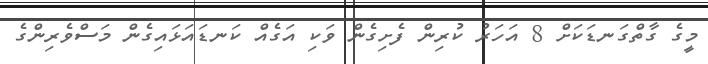
މީގެ ގާތްގަނޑަކަށް 8 އަހަރު ކުރިން ފެށިގެން ވަކި އަގެއް ކަނޑައަޅައިގެން މަސްވެރިންގެ